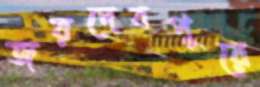
জয়দেবপুরে